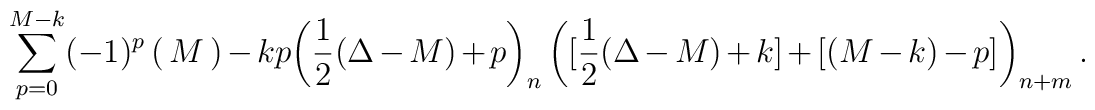
\sum_{p=0}^{M-k} (-1)^p\begin{pmatrix} M-k \\ p \end{pmatrix} \biggl(\frac{1}{2}(\Delta-M)+p \biggr)_n\, \biggl([\frac{1}{2}(\Delta-M)+k] + [(M-k)-p] \biggr)_{n+m} \, .